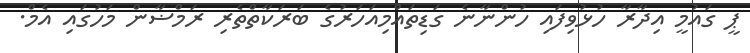
ޕީ ގައުމީ އިދާރާ ހުޅުވިފައި ހުންނާނެ ގަޑިތައްމިއަހަރުގެ ބަރަކާތްތެރި ރަމްޟާން މަހުގައި އެމް.